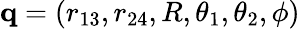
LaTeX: {\mathbf q}=(r_{13},r_{24},R,\theta_{1},\theta_{2},\phi)